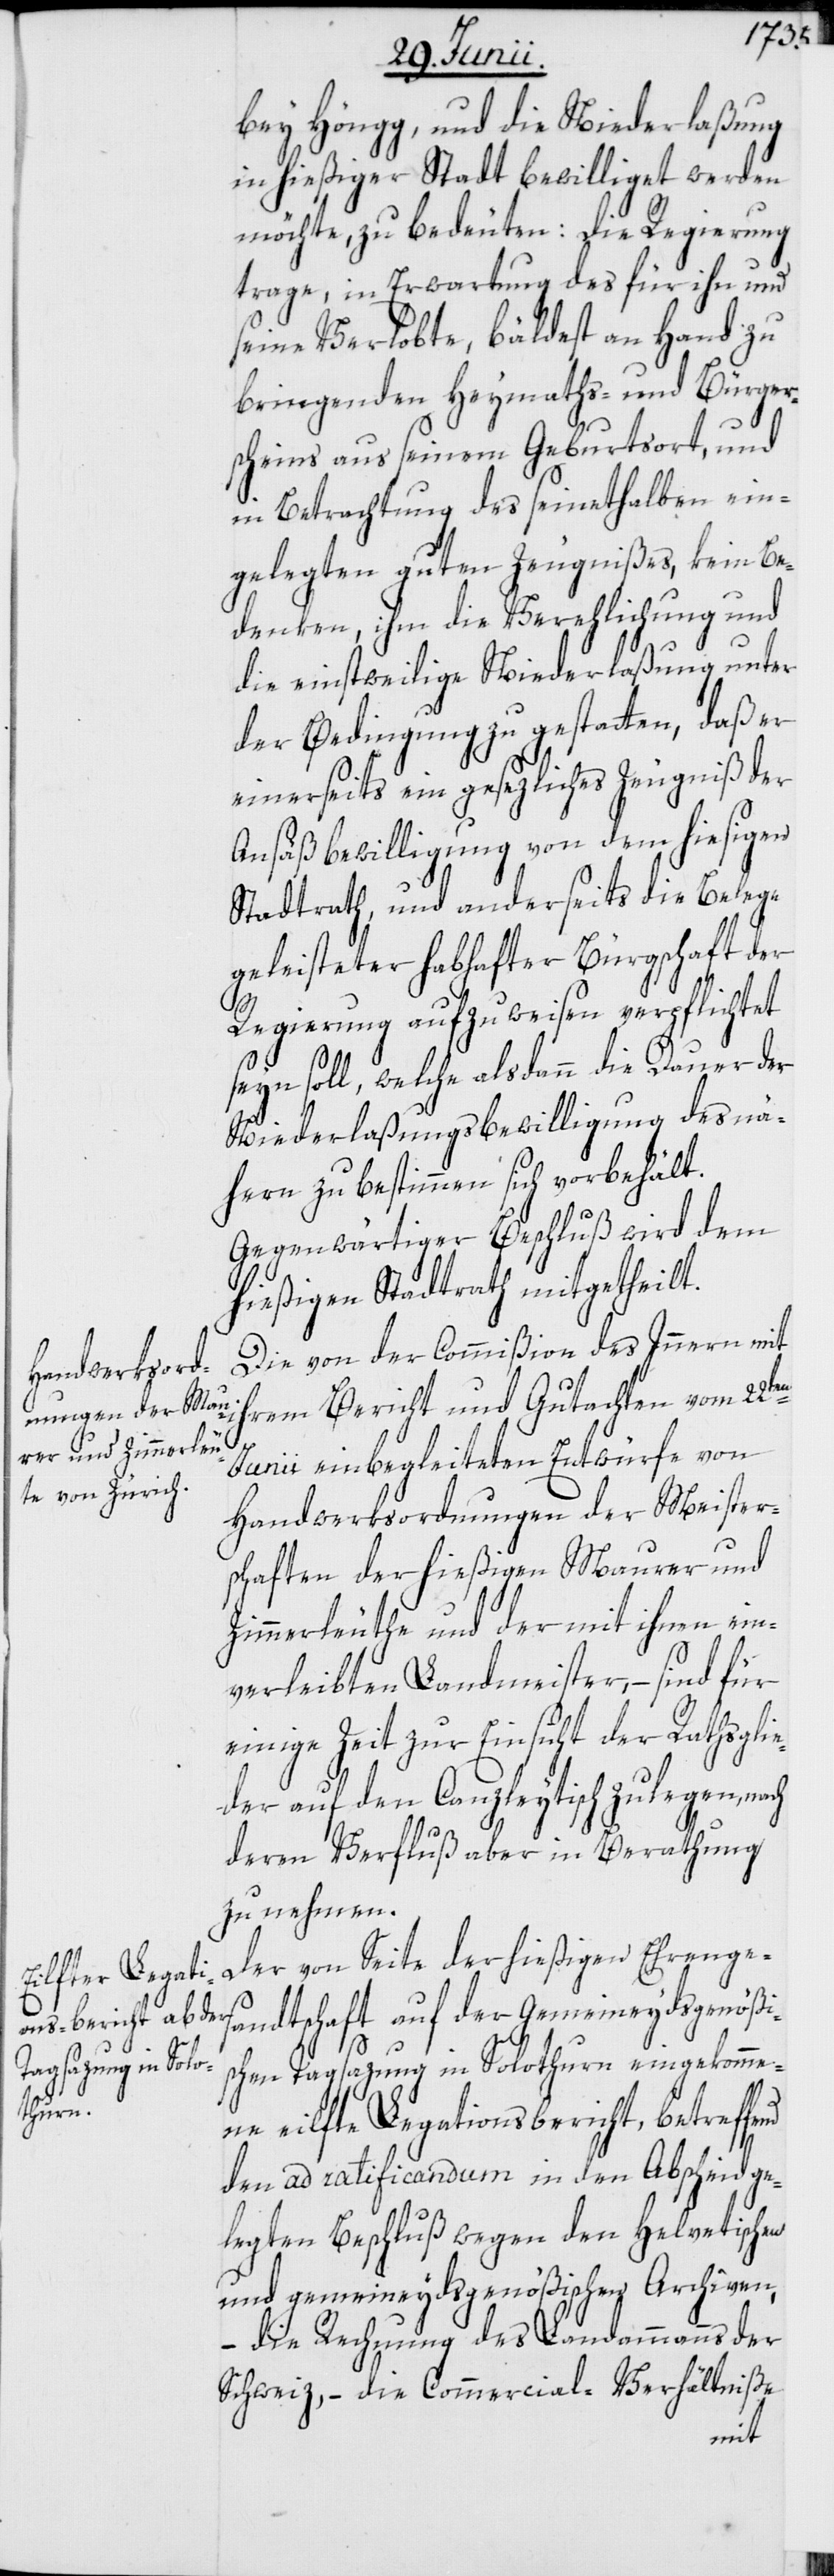
bey Höngg, und die Niederlaßung
in hießiger Stadt bewilliget werden
möchte, zu bedeuten: Die Regierung
trage, in Erwartung des für ihn und
seine Verlobte, bäldest an Hand zu
bringenden Heymaths- und Bürger¬
scheins aus seinem Geburtsort, und
in Betrachtung des seinethalben ein¬
gelegten guten Zeugnißes, kein Be¬
denken, ihm die Verehlichung und
die einstweilige Niederlaßung unter
der Bedingung zu gestatten, daß er
einerseits ein gesezliches Zeugniß der
Ansäßbewilligung von dem hiesigen
Stadtrath, und anderseits die Belege
geleisteter habhafter Bürgschaft der
Regierung aufzuweisen verpflichtet
seyn soll, welche alsdann die Dauer der
Niederlaßungsbewilligung des nä¬
hern zu bestimmen sich vorbehält.
Gegenwärtiger Beschluß wird dem
hießigen Stadtrath mitgetheilt.
Die von der Commißion des Innern mit
von Seite der
rem Bericht und Gutachten vom 22ten
Junii einbegleiteten Entwürfe von
Handwerksordnungen der Meister¬
schaften der hießigen Maurer und
Zimmerleuthe und der mit ihnen ein¬
verleibten Landmeister, – sind für
einige Zeit zur Einsicht der Rathsglie¬
der auf den Canzleytisch zu legen, nach
deren Verfluß aber in Berathung
zu nehmen.
andtschaft auf der Gemeineydsgenößi¬
schen Tagsazung in Solothurn eingekomme¬
nd
ne eilfte Legationsbericht, betreffe¬
den ad ratificandum in den Abscheid ge¬
legten Beschluß wegen den Helvetischen
und gemeineydsgenößischen Archiven,
–die Rechnung des Landammanns der
Schweiz, – die Commercial-Verhältniße